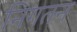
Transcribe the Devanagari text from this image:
निगतन